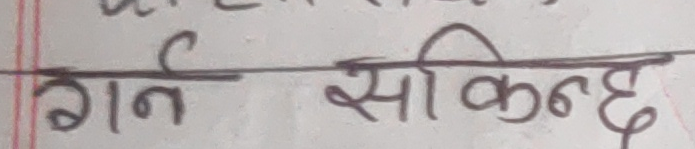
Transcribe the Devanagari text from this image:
गर्न सीकिन्दछ